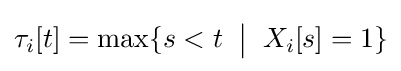
\tau _{i}[t]=\mathop {\mathrm {max} } \{s<t\;\mathrel {\big |} \;X_{i}[s]=1\}